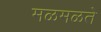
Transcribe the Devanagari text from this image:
मळमळते